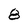
Character: 8